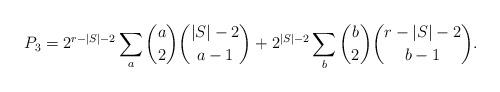
LaTeX: \begin{align*} P_3=2^{r-|S|-2}\sum_a \binom{a}{2}\binom{|S|-2}{a-1}+2^{|S|-2}\sum_b \binom{b}{2}\binom{r-|S|-2}{b-1}. \end{align*}